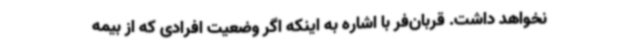
نخواهد داشت. قربان‌فر با اشاره به اینکه اگر وضعیت افرادی که از بیمه